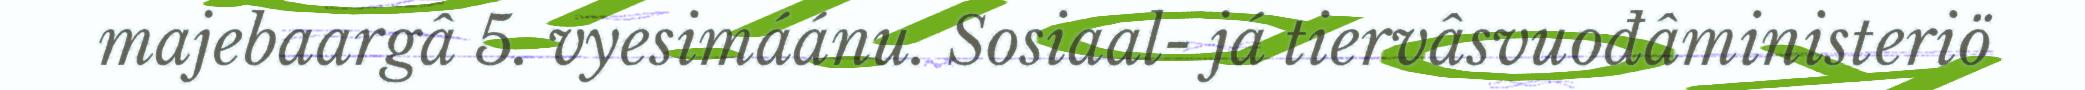
majebaargâ 5. vyesimáánu. Sosiaal- já tiervâsvuođâministeriö